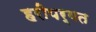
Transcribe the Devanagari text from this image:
हरीपर्वत